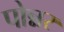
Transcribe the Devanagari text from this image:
पोन्नर